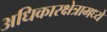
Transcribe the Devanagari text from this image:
अधिकारक्षेत्रामध्ये